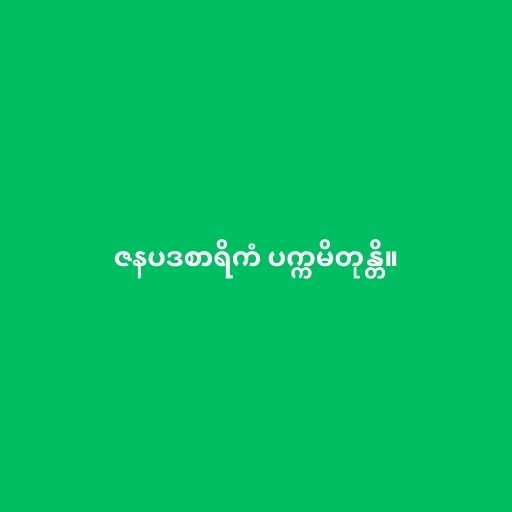
ဇနပဒစာရိကံ ပက္ကမိတုန္တိ။